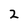
Character: 2